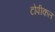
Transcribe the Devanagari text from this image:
टोपीकल